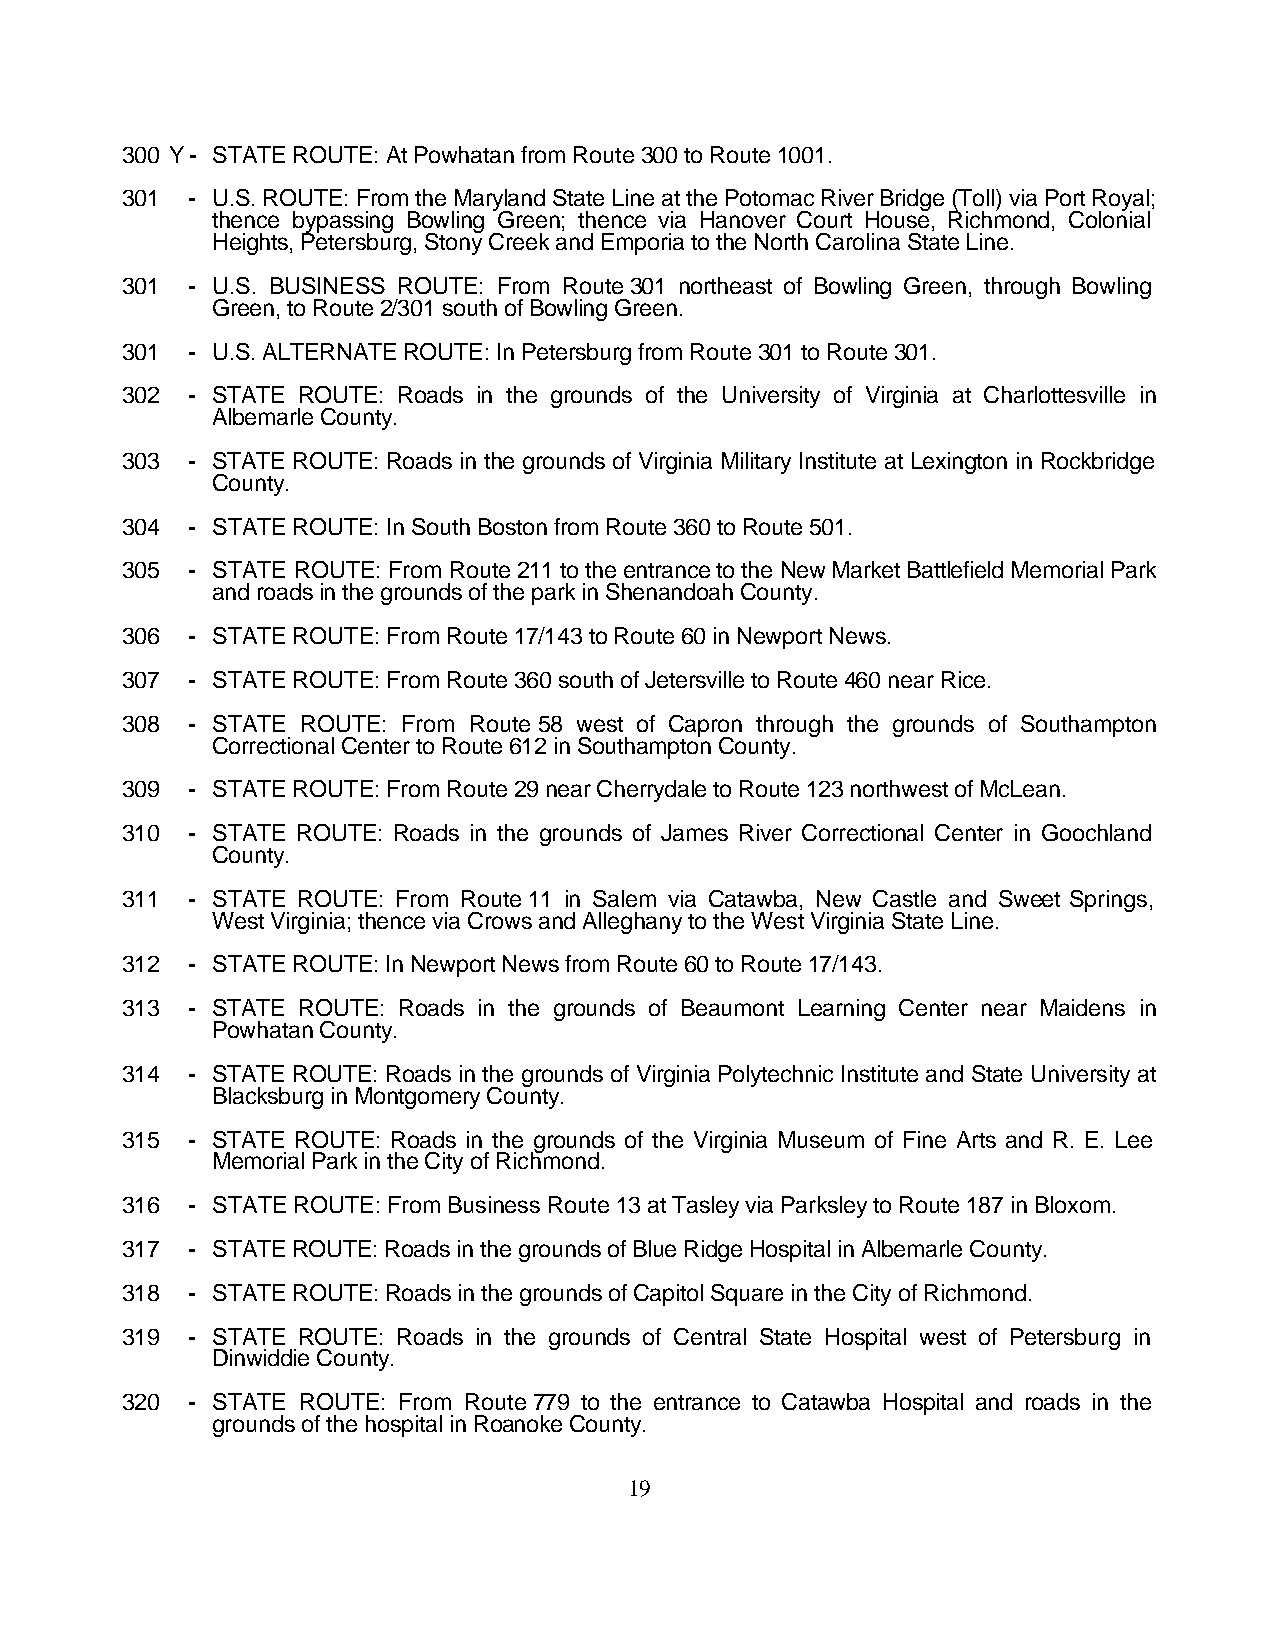
300 Y - STATE ROUTE: At Powhatan from Route 300 to Route 1001.
 301 - U.S. ROUTE: From the Maryland State Line at the Potomac River Bridge (Toll) via Port Royal;
 thence bypassing Bowling Green; thence via Hanover Court House, Richmond, Colonial
 Heights, Petersburg, Stony Creek and Emporia to the North Carolina State Line.
 301 - U.S. BUSINESS ROUTE: From Route 301 northeast of Bowling Green, through Bowling
 Green, to Route 2/301 south of Bowling Green.
 301 - U.S. ALTERNATE ROUTE: In Petersburg from Route 301 to Route 301.
 302 - STATE ROUTE: Roads in the grounds of the University of Virginia at Charlottesville in
 Albemarle County.
 303 - STATE ROUTE: Roads in the grounds of Virginia Military Institute at Lexington in Rockbridge
 County.
 304 - STATE ROUTE: In South Boston from Route 360 to Route 501.
 305 - STATE ROUTE: From Route 211 to the entrance to the New Market Battlefield Memorial Park
 and roads in the grounds of the park in Shenandoah County.
 306 - STATE ROUTE: From Route 17/143 to Route 60 in Newport News.
 307 - STATE ROUTE: From Route 360 south of Jetersville to Route 460 near Rice.
 308 - STATE ROUTE: From Route 58 west of Capron through the grounds of Southampton
 Correctional Center to Route 612 in Southampton County.
 309 - STATE ROUTE: From Route 29 near Cherrydale to Route 123 northwest of McLean.
 310 - STATE ROUTE: Roads in the grounds of James River Correctional Center in Goochland
 County.
 311 - STATE ROUTE: From Route 11 in Salem via Catawba, New Castle and Sweet Springs,
 West Virginia; thence via Crows and Alleghany to the West Virginia State Line.
 312 - STATE ROUTE: In Newport News from Route 60 to Route 17/143.
 313 - STATE ROUTE: Roads in the grounds of Beaumont Learning Center near Maidens in
 Powhatan County.
 314 - STATE ROUTE: Roads in the grounds of Virginia Polytechnic Institute and State University at
 Blacksburg in Montgomery County.
 315 - STATE ROUTE: Roads in the grounds of the Virginia Museum of Fine Arts and R. E. Lee
 Memorial Park in the City of Richmond.
 316 - STATE ROUTE: From Business Route 13 at Tasley via Parksley to Route 187 in Bloxom.
 317 - STATE ROUTE: Roads in the grounds of Blue Ridge Hospital in Albemarle County.
 318 - STATE ROUTE: Roads in the grounds of Capitol Square in the City of Richmond.
 319 - STATE ROUTE: Roads in the grounds of Central State Hospital west of Petersburg in
 Dinwiddie County.
 320 - STATE ROUTE: From Route 779 to the entrance to Catawba Hospital and roads in the
 grounds of the hospital in Roanoke County.
 19